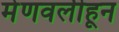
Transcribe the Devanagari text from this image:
मेणवलीहून